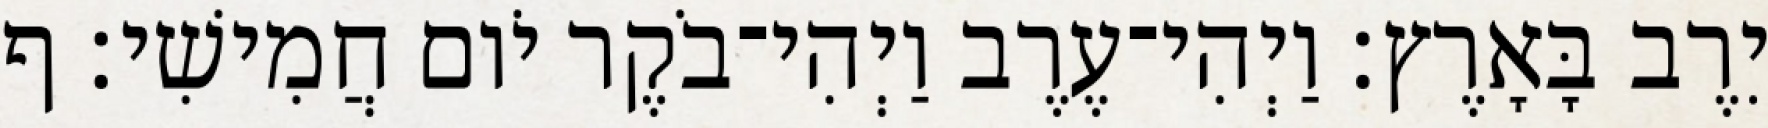
יִרֶב בָּאָרֶץ׃ וַיְהִי־עֶרֶב וַיְהִי־בֹקֶר יֹום חֲמִישִׁי׃ ף